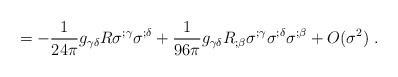
\begin{align*}~~~=-\frac{1}{24\pi}g_{\gamma \delta }R \sigma ^{;\gamma }\sigma ^{;\delta }+\frac{1}{96\pi} g_{\gamma\delta}R_{;\beta }\sigma ^{;\gamma }\sigma ^{;\delta } \sigma^{;\beta}+O(\sigma^2)~.\end{align*}